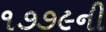
૧૭૭૯ની